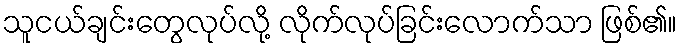
သူငယ်ချင်းတွေလုပ်လို့ လိုက်လုပ်ခြင်းလောက်သာ ဖြစ်၏။